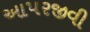
આપરજીવી